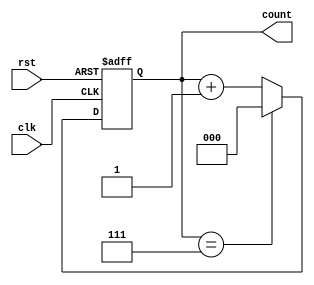
module binary_counter (
    input wire clk,       // Clock input
    input wire rst,       // Asynchronous reset input
    output reg [2:0] count // 3-bit binary output for count
);

// Always block for the counter operation
always @(posedge clk or posedge rst) begin
    if (rst) begin
        // Asynchronous reset: reset count to 0
        count <= 3'b000;
    end else begin
        // Increment count on clock pulse
        if (count == 3'b111) begin
            count <= 3'b000; // Wrap around to 0 if maximum value is reached
        end else begin
            count <= count + 1; // Increment count
        end
    end
end

endmodule